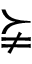
\succneqq